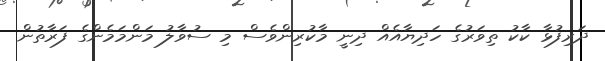
ދަރިފުޅާ ކާކު ތިވަރުގެ ހަދިޔާއެއް ދިނީ މާކުރިންވެސް މި ސުވާލު މަންމަމެންގެ ފަރާތުން